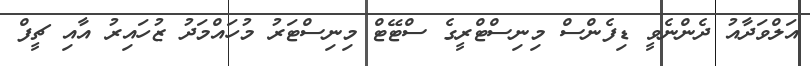
އަލްވަދާއު ދެންނެވީ ޑިފެންސް މިނިސްޓްރީގެ ސްޓޭޓް މިނިސްޓަރު މުހައްމަދު ޒުހައިރު އާއި ޗީފް